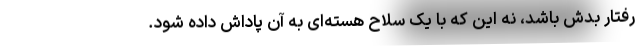
رفتار بدش باشد، نه این که با یک سلاح هسته‌ای به آن پاداش داده شود.